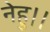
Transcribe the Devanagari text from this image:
नेहु।।